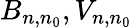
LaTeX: B_{n,n_{0}},V_{n,n_{0}}